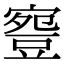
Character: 𧯳